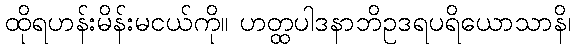
ထိုရဟန်းမိန်းမငယ်ကို။ ဟတ္ထပါဒနာဘိဥဒရပရိယောသာနိ၊